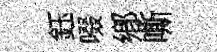
鈺啜鄕嘶